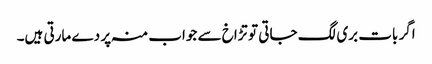
اگر بات بری لگ جاتی تو تڑاخ سے جواب منہ پر دے مارتی ہیں۔